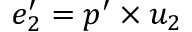
e _ { 2 } ^ { \prime } = p ^ { \prime } \times u _ { 2 }